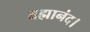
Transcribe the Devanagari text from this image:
ब्रह्मानंद।